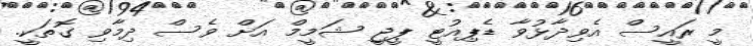
މީ ރައީސް އެވިދާޅުވާ ޑެޕިއުޓީ ޕީޖީ ޝަމީމް އަށް ވެސް ދިމާވި ގޮތަކީ.